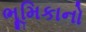
ભૂમિકાનો